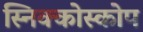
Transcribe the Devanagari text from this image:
स्निक्कोस्कोप